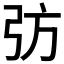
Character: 𢎷